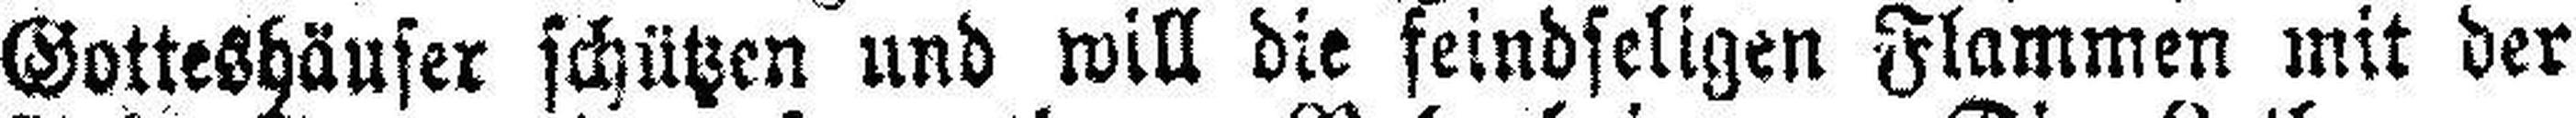
Gotteshäuser schützen und will die feindseligen Flammen mit der